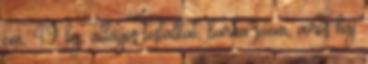
cm, 49 kg, átlagos testalkat, barna szem, vörös haj